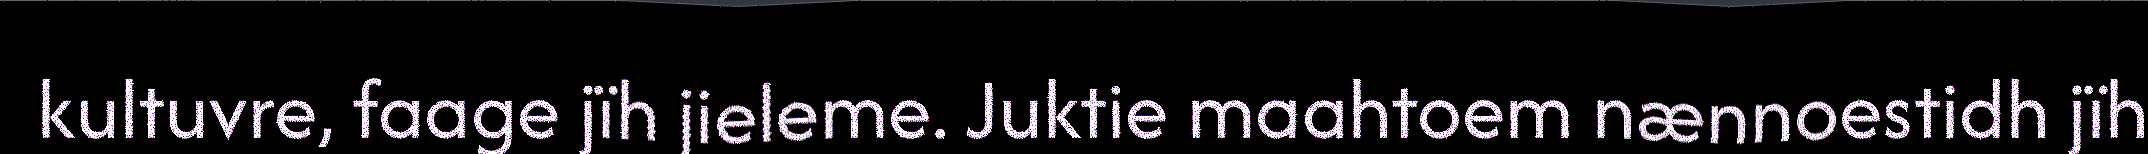
kultuvre, faage jïh jieleme. Juktie maahtoem nænnoestidh jïh